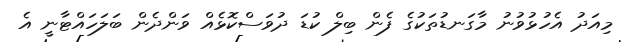
މިއަދު އެހުޅުވުނު މާގަނޑުތަކުގެ ފެން ބިލް ކުޑަ ދުވަސްކޮޅެއް ވަންދެން ބަލަހައްޓާނީ އެ